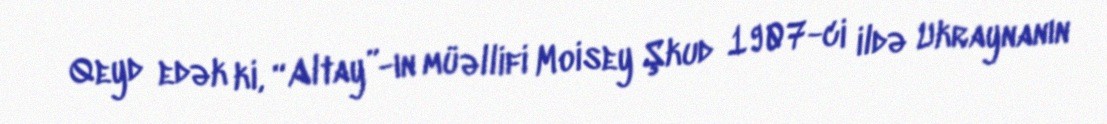
Qeyd edək ki, “Altay”-ın müəllifi Moisey Şkud 1907-ci ildə Ukraynanın